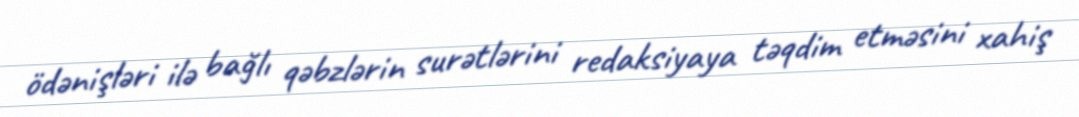
ödənişləri ilə bağlı qəbzlərin surətlərini redaksiyaya təqdim etməsini xahiş